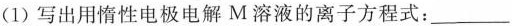
(1)写出用惰性电极电解M溶液的离子方程式：___。